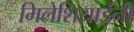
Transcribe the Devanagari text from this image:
मिलेशियाईंनी